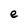
Character: e